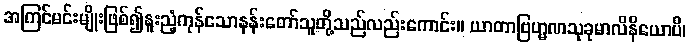
အကြင်မင်းမျိုးဖြစ်၍နူးညံ့ကုန်သောနန်းတော်သူတို့သည်လည်းကောင်း။ ယာတာဗြဟ္မဏသုခုမာလိနိယောပိ၊